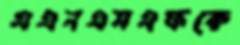
এএনএসএফকে